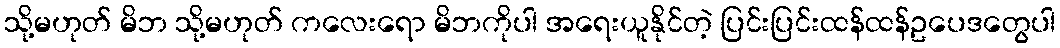
သို့မဟုတ် မိဘ သို့မဟုတ် ကလေးရော မိဘကိုပါ အရေးယူနိုင်တဲ့ ပြင်းပြင်းထန်ထန်ဥပေဒတွေပါ